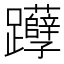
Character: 𰸹